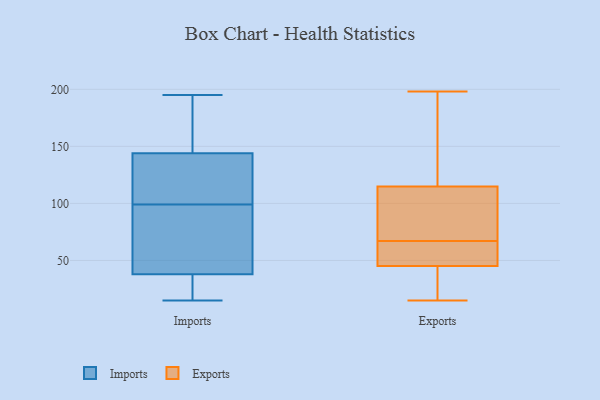
{"axis": {"x": "Headcount", "y": "Value"}, "legend": ["Exports", "Imports"], "data": [{"x": "", "y": 75, "type": "Imports"}, {"x": "", "y": 31, "type": "Imports"}, {"x": "", "y": 104, "type": "Imports"}, {"x": "", "y": 62, "type": "Imports"}, {"x": "", "y": 15, "type": "Imports"}, {"x": "", "y": 94, "type": "Imports"}, {"x": "", "y": 113, "type": "Imports"}, {"x": "", "y": 26, "type": "Imports"}, {"x": "", "y": 38, "type": "Imports"}, {"x": "", "y": 111, "type": "Imports"}, {"x": "", "y": 195, "type": "Imports"}, {"x": "", "y": 144, "type": "Imports"}, {"x": "", "y": 164, "type": "Imports"}, {"x": "", "y": 158, "type": "Imports"}, {"x": "", "y": 139, "type": "Exports"}, {"x": "", "y": 15, "type": "Exports"}, {"x": "", "y": 66, "type": "Exports"}, {"x": "", "y": 72, "type": "Exports"}, {"x": "", "y": 80, "type": "Exports"}, {"x": "", "y": 17, "type": "Exports"}, {"x": "", "y": 52, "type": "Exports"}, {"x": "", "y": 35, "type": "Exports"}, {"x": "", "y": 61, "type": "Exports"}, {"x": "", "y": 66, "type": "Exports"}, {"x": "", "y": 122, "type": "Exports"}, {"x": "", "y": 126, "type": "Exports"}, {"x": "", "y": 43, "type": "Exports"}, {"x": "", "y": 30, "type": "Exports"}, {"x": "", "y": 67, "type": "Exports"}, {"x": "", "y": 91, "type": "Exports"}, {"x": "", "y": 198, "type": "Exports"}, {"x": "", "y": 93, "type": "Exports"}, {"x": "", "y": 137, "type": "Exports"}]}